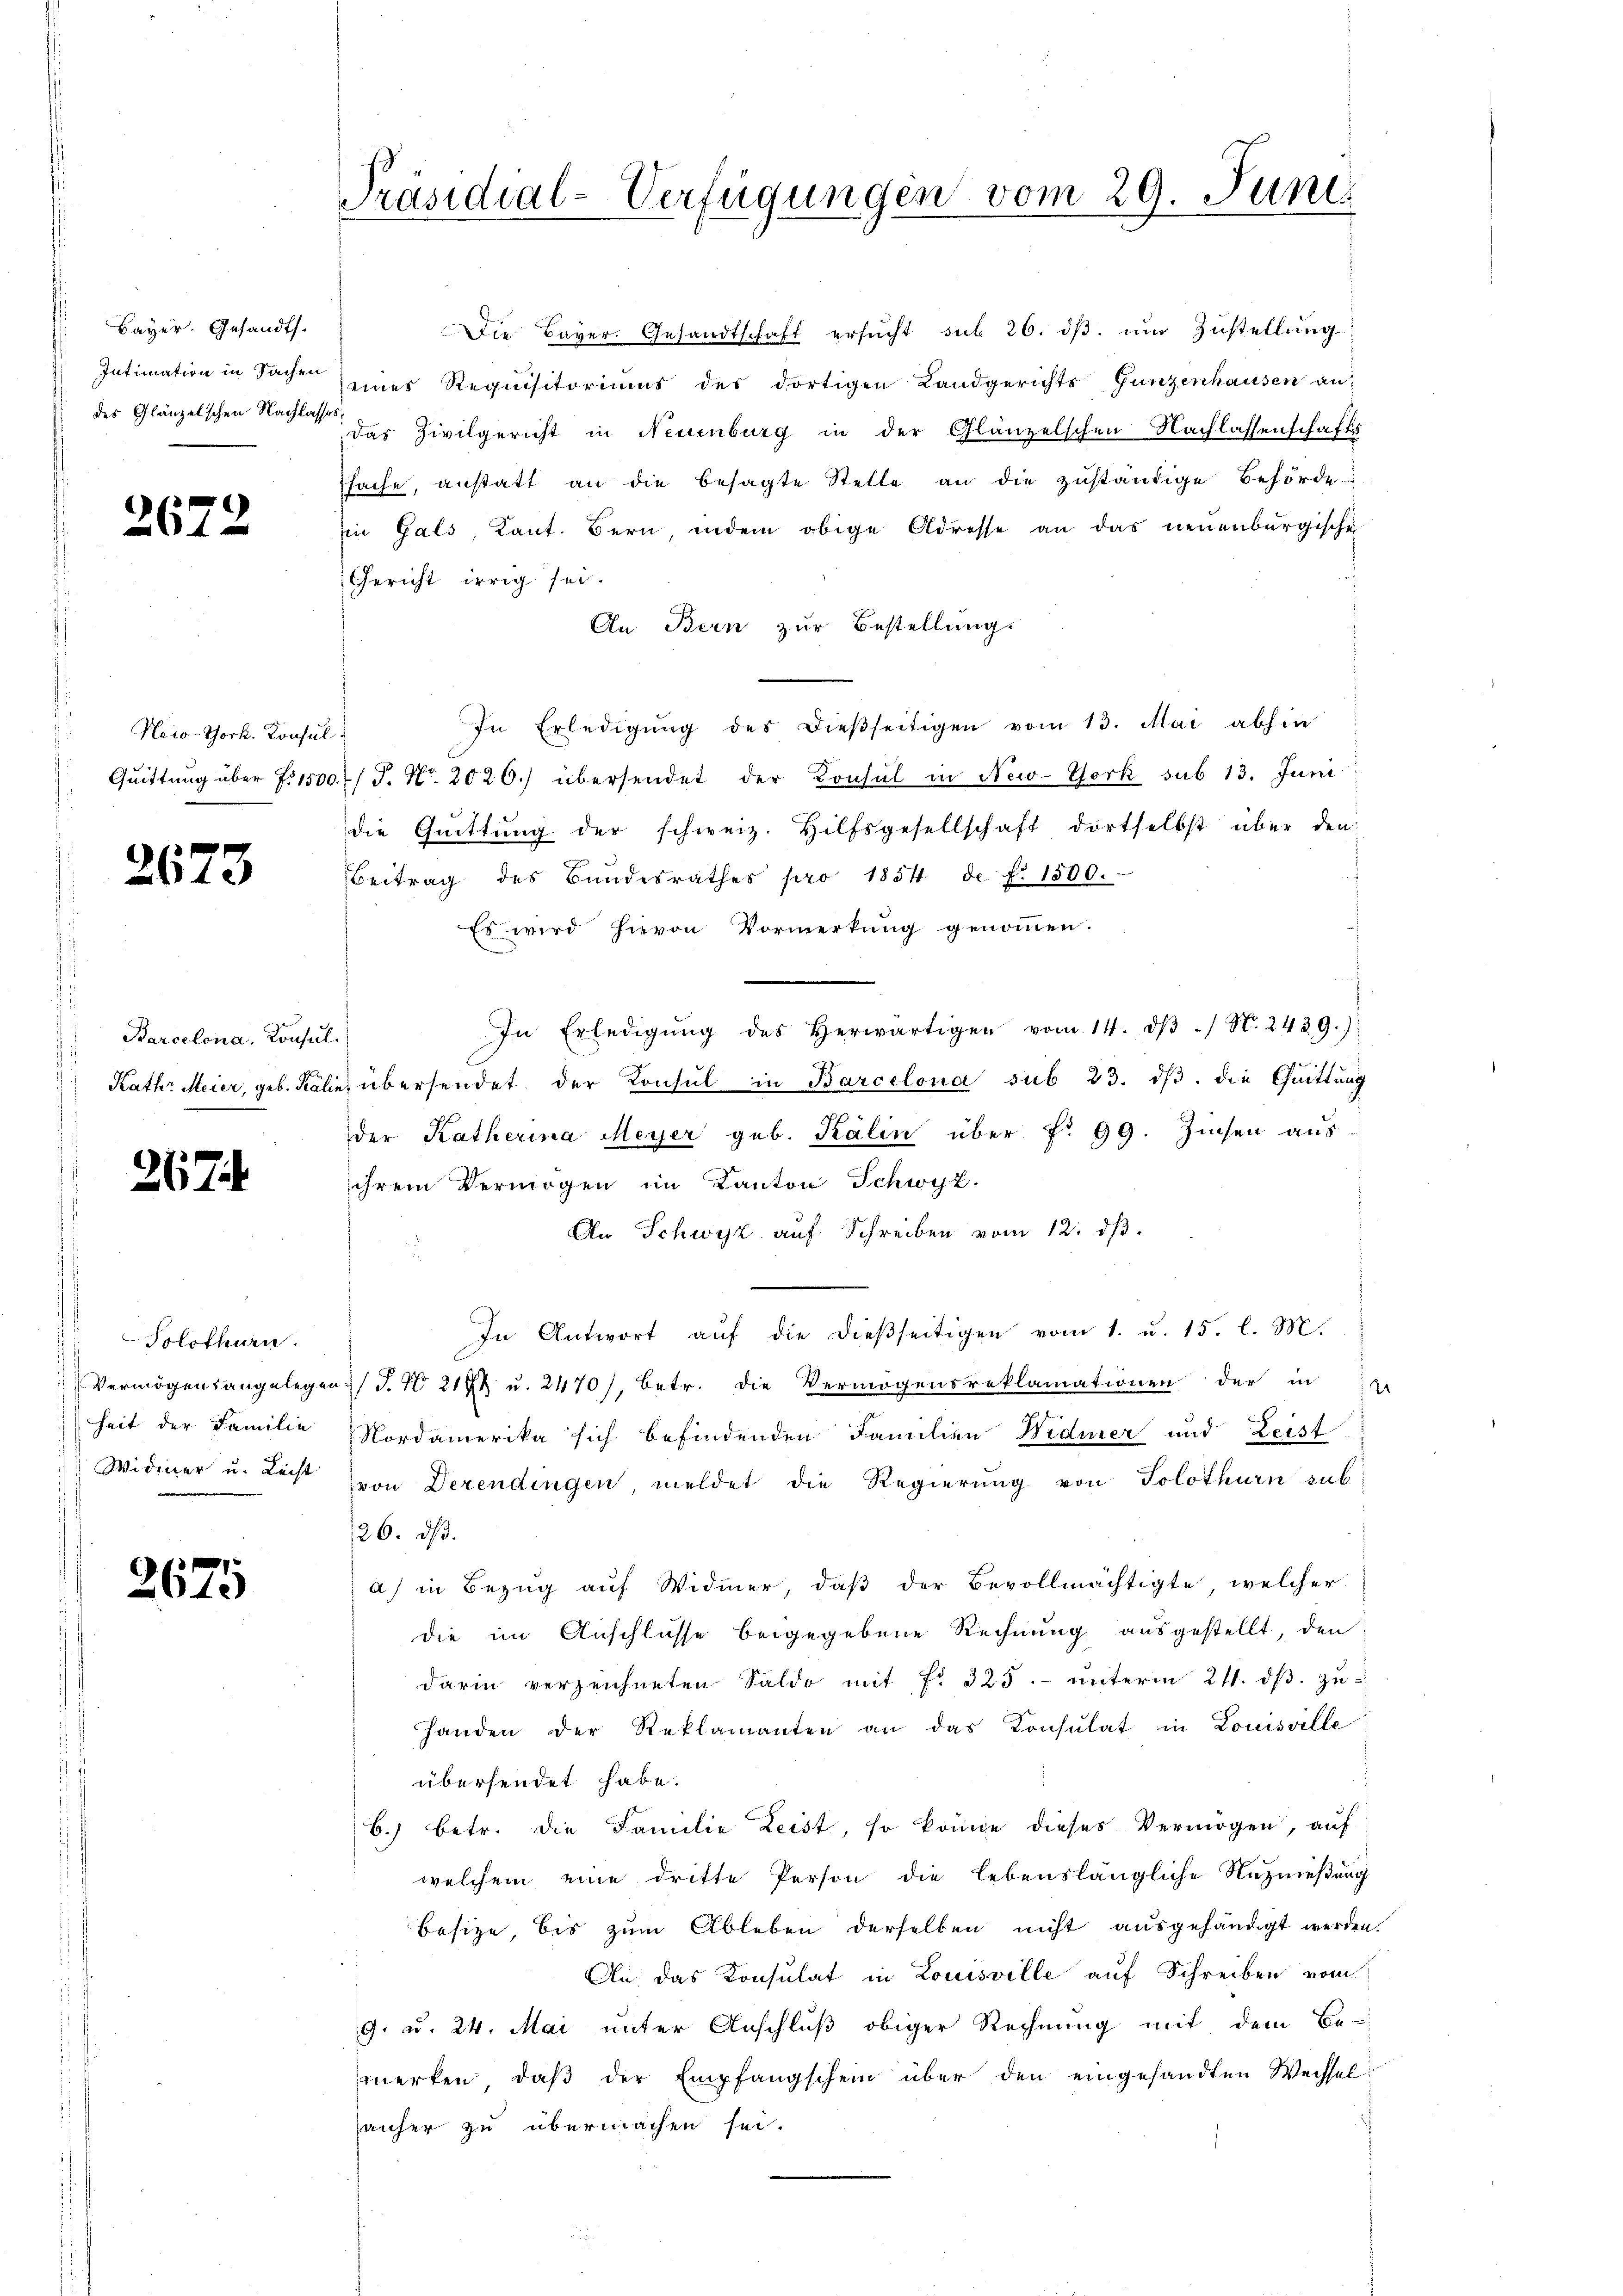
Bayer. Gesandts.
Intimation in Sachen
des Glänzelschen Nachlag

2672

Kaio-York. Konsul
Quittung über P. 151

26

Barcelona. Konsul
Kathr Meier, geb. Käl

267

3

Solothurn.
Vermögensangelegen
heit der Familie
Widmer u. Leist

2675

Präsidial-Verfügungen vom 29. Juni

Die Bayer. Gesandtschaft ersŭcht sub 26. dβ. um Zustellung
eines Requisitoriums des dortigen Landgerichts Gunzenhausen an
das Zivilgericht in Neuenburg in der Glänzelschen Nachlassenschafts
sache, anstatt an die besagte Stelle an die zuständige Behörde
in Gals, Kant. Bern indem obige Adresse an das neuenburgische
Gericht irrig sei.
An Bern zur Bestellung.
In Erledigung des dießseitigen vom 13. Mai abhin
/J. Nr. 2020.) übersendet der Konsul in New-York sub 13. Juni
die Quittung der schweiz. Hilfsgesellschaft dortselbst über den
Beitrag des Bundesrathes pro 1854 de f. 1500.
Es wird hievon Vormerkung genommen.
In Erledigŭng des herwärtigen vom 14. dβ / N. 2439.)
u übersendet der Konsul in Barcelona sub 23. ds. die Quittung
der Katherina Meyer geb. Kalin über f. 99. Zinsen aus
ihrem Vermögen im Kanton Schwyz.
An Schwyz auf Schreiben vom 12. dβ.
In Antwort aŭf die dießseitigen vom 1. u. 15. l. M.
2) S. N 2128 u. 2470), betr. die Vermögensreklamationen der in
Nordamerika sich befindenden Familien Widmer und Leist
von Derendingen, meldet die Regierŭng von Solothurn sub:
126. dβ.
a) in Bezug auf Widmer, daß der Bevollmächtigte, welcher
die im Anschlüsse beigegebene Rechnung ausgestellt, den
darin verzeichneten Saldo mit fr. 325. unterm 211. ds. zu-
handen der Reklamanten an das Consulat in Louisville
übersendet habe.
6.) Betr. die Familie Leist, so könne dieses Vermögen, auf
welchem eine dritte Person die lebenslängliche Nutznießung
besitze, bis zum Ableben derselben nicht ausgehändigt werden
An das Konsulat in Louisville auf Schreiben vom
9. u. 24. Mai unter Anschluß obiger Rechnung mit dem Be-
merken, daβ der Empfangschein über den eingesandten Wechsel
anher zu übermachen sei.